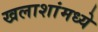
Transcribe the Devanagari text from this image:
खलाशांमध्ये